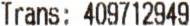
TRANS: 409712949